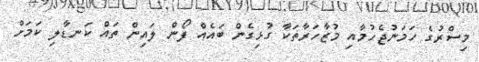
މިސްރުގެ ހަމަނުޖެހުމާއި މުޒާހަރާތަކާ ގުޅިގެން ބައެއް ފޯން ލައިން ތައް ކަނޑާލި ކަމަށް